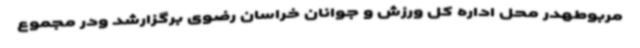
مربوطهدر محل اداره کل ورزش و جوانان خراسان رضوی برگزارشد ودر مجموع